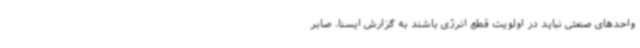
واحدهای صنعتی نباید در اولویت قطع انرژی باشند به گزارش ایسنا، صابر